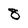
Character: 8